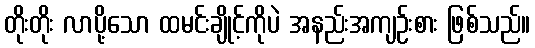
တိုးတိုး လာပို့သော ထမင်းချိုင့်ကိုပဲ အနည်းအကျဉ်းစား ဖြစ်သည်။